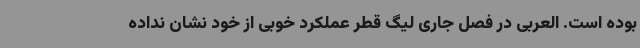
بوده است. العربی در فصل جاری لیگ قطر عملکرد خوبی از خود نشان نداده